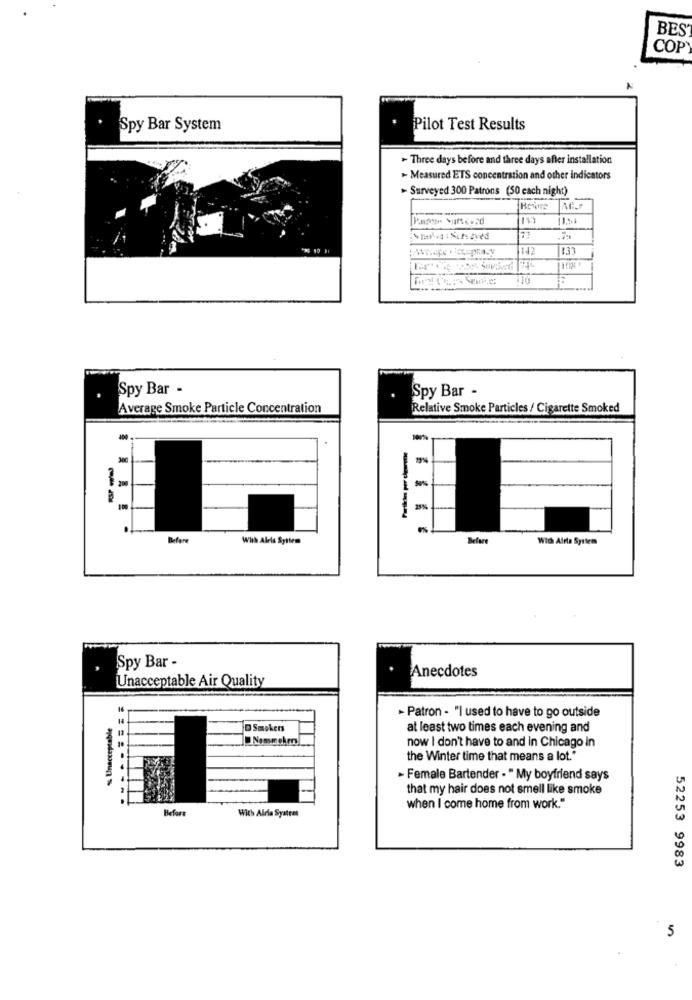
BES
COP
Spy Bar System
Pilot Test Results
- Three days before and three days after installation
- Measured ETS concentration and other indicators
> Surveyed 300 Patrons (50 each night)
Rovare
www .. to victupracy
142
1.33
--
Spy Bar -
Spy Bar -
Average Smoke Particle Concentration
Relative Smoke Particles / Cigarette Smoked
200
100
Before
With Alela Systems
Befar
Wich Alrla System
Spy Bar -
Anecdotes
Unacceptable Air Quality
16
% Unacceptable
- Patron - "I used to have to go outside
Smokers
at least two times each evening and
Nommokro
now I don't have to and in Chicago in
the Winter time that means a lot."
Female Bartender - "My boyfriend says
that my hair does not smell like smoke
..
Before
when I come home from work."
Wich Aldie Syateas
52253 9983
5